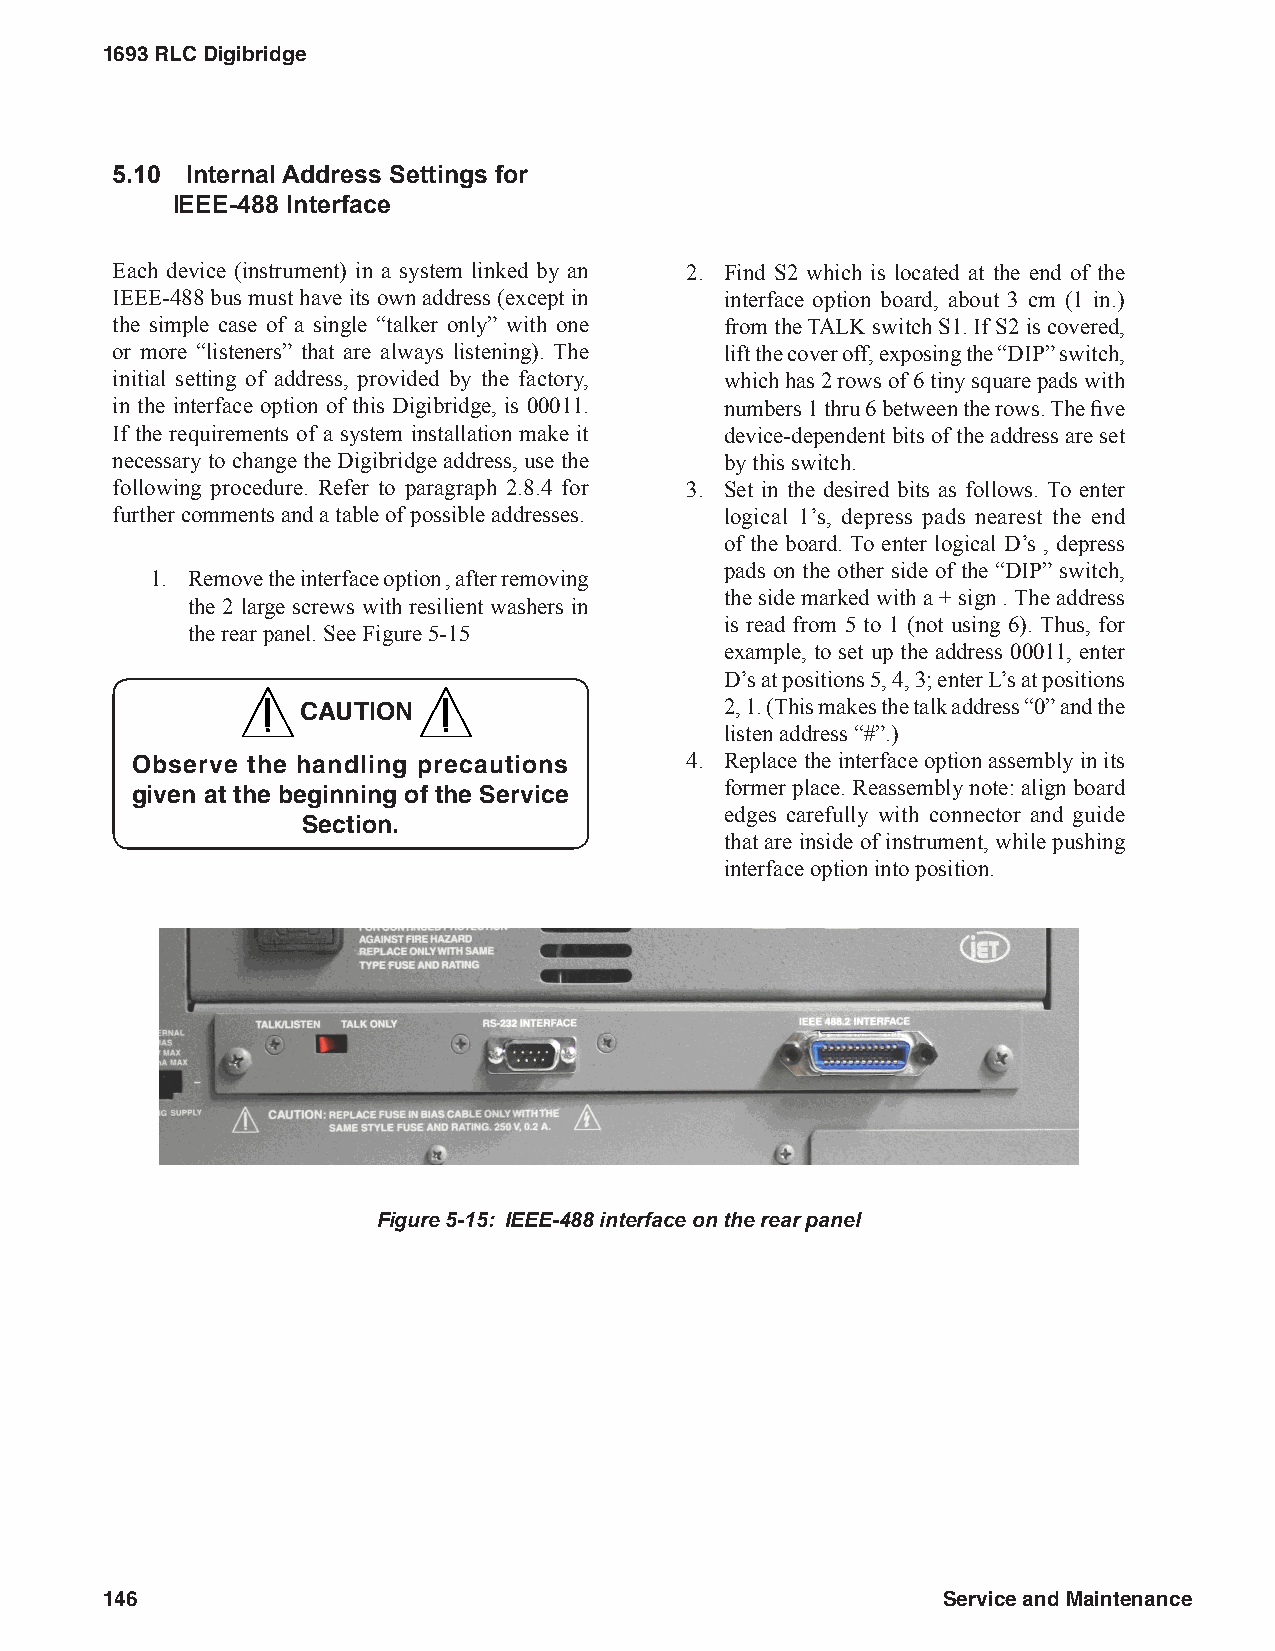
1693 RLC Digibridge
 5.10 Internal Address Settings for
 IEEE-488 Interface
 Each device (instrument) in a system linked by an 2. Find S2 which is located at the end of the
 IEEE-488 bus must have its own address (except in interface option board, about 3 cm (1 in.)
 the simple case of a single “talker only” with one from the TALK switch S1. If S2 is covered,
 or more “listeners” that are always listening). The lift the cover off, exposing the “DIP” switch,
 initial setting of address, provided by the factory, which has 2 rows of 6 tiny square pads with
 in the interface option of this Digibridge, is 00011. numbers 1 thru 6 between the rows. The five
 If the requirements of a system installation make it device-dependent bits of the address are set
 necessary to change the Digibridge address, use the by this switch.
 following procedure. Refer to paragraph 2.8.4 for 3. Set in the desired bits as follows. To enter
 further comments and a table of possible addresses. logical 1’s, depress pads nearest the end
 of the board. To enter logical D’s , depress
 pads on the other side of the “DIP” switch,
 1. Remove the interface option , after removing
 the side marked with a + sign . The address
 the 2 large screws with resilient washers in
 is read from 5 to 1 (not using 6). Thus, for
 the rear panel. See Figure 5-15
 example, to set up the address 00011, enter
 D’s at positions 5, 4, 3; enter L’s at positions
 CAUTION                     2, 1. (This makes the talk address “0” and the
 listen address “#”.)
 Observe the handling precautions    4. Replace the interface option assembly in its
 given at the beginning of the Service  former place. Reassembly note: align board
 edges carefully with connector and guide
 Section.
 that are inside of instrument, while pushing
 interface option into position.
 Figure 5-15: IEEE-488 interface on the rear panel
 146                                                    Service and Maintenance